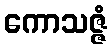
ကောသဇ္ဇံ